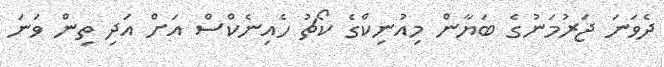
ދެވަނަ ޖަރުމަނުގެ ބަޔާން މިއުނިކްގެ ކޯޗު ހެއިނެކްސް އަށް އަދި ތިން ވަނަ